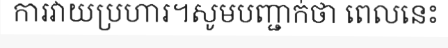
ការវាយប្រហារ។សូមបញ្ជាក់ថា ពេលនេះ